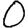
Digit: 0